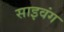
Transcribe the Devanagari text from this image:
साइवंग